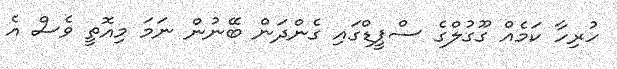
ހުރިހާ ކަމެއް ގޫގުލްްގެ ސްޕީޑްގައި ގެންދަން ބޭނުން ނަމަ މިއޮތީ ވެސް އެ